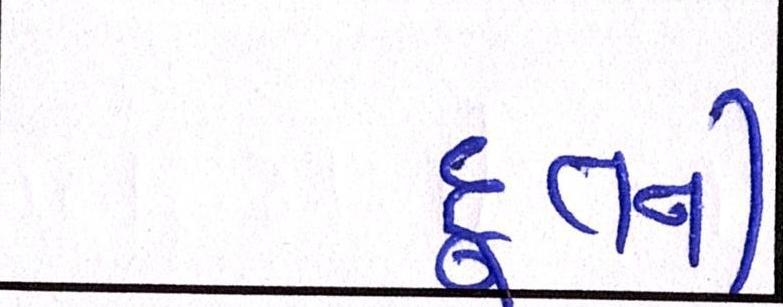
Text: દૂતની